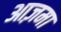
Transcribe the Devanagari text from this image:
आज़मा